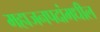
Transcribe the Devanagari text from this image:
महाजनपदांमधील